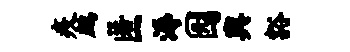
疫鹧匿溽园舆豁